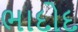
ભાદોદ